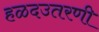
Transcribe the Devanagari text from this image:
हळदउतरणी